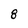
Character: 8